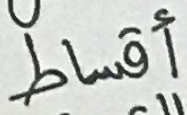
أقساط